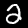
Label: 2